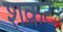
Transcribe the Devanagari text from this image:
शकटः